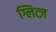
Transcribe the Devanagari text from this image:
ग्लित्ज़